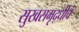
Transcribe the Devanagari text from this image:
सुखसमृद्धीचे